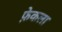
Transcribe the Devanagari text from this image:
फ़ेकला